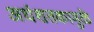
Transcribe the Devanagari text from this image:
अर्धशतकामुळे